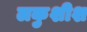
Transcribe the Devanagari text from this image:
लकुशीश